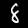
Digit: 8